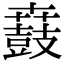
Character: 鼖